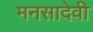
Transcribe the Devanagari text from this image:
मनसादेवी